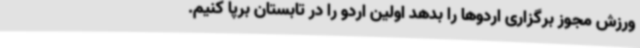
ورزش مجوز برگزاری اردوها را بدهد اولین اردو را در تابستان برپا کنیم.